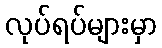
လုပ်ရပ်များမှာ